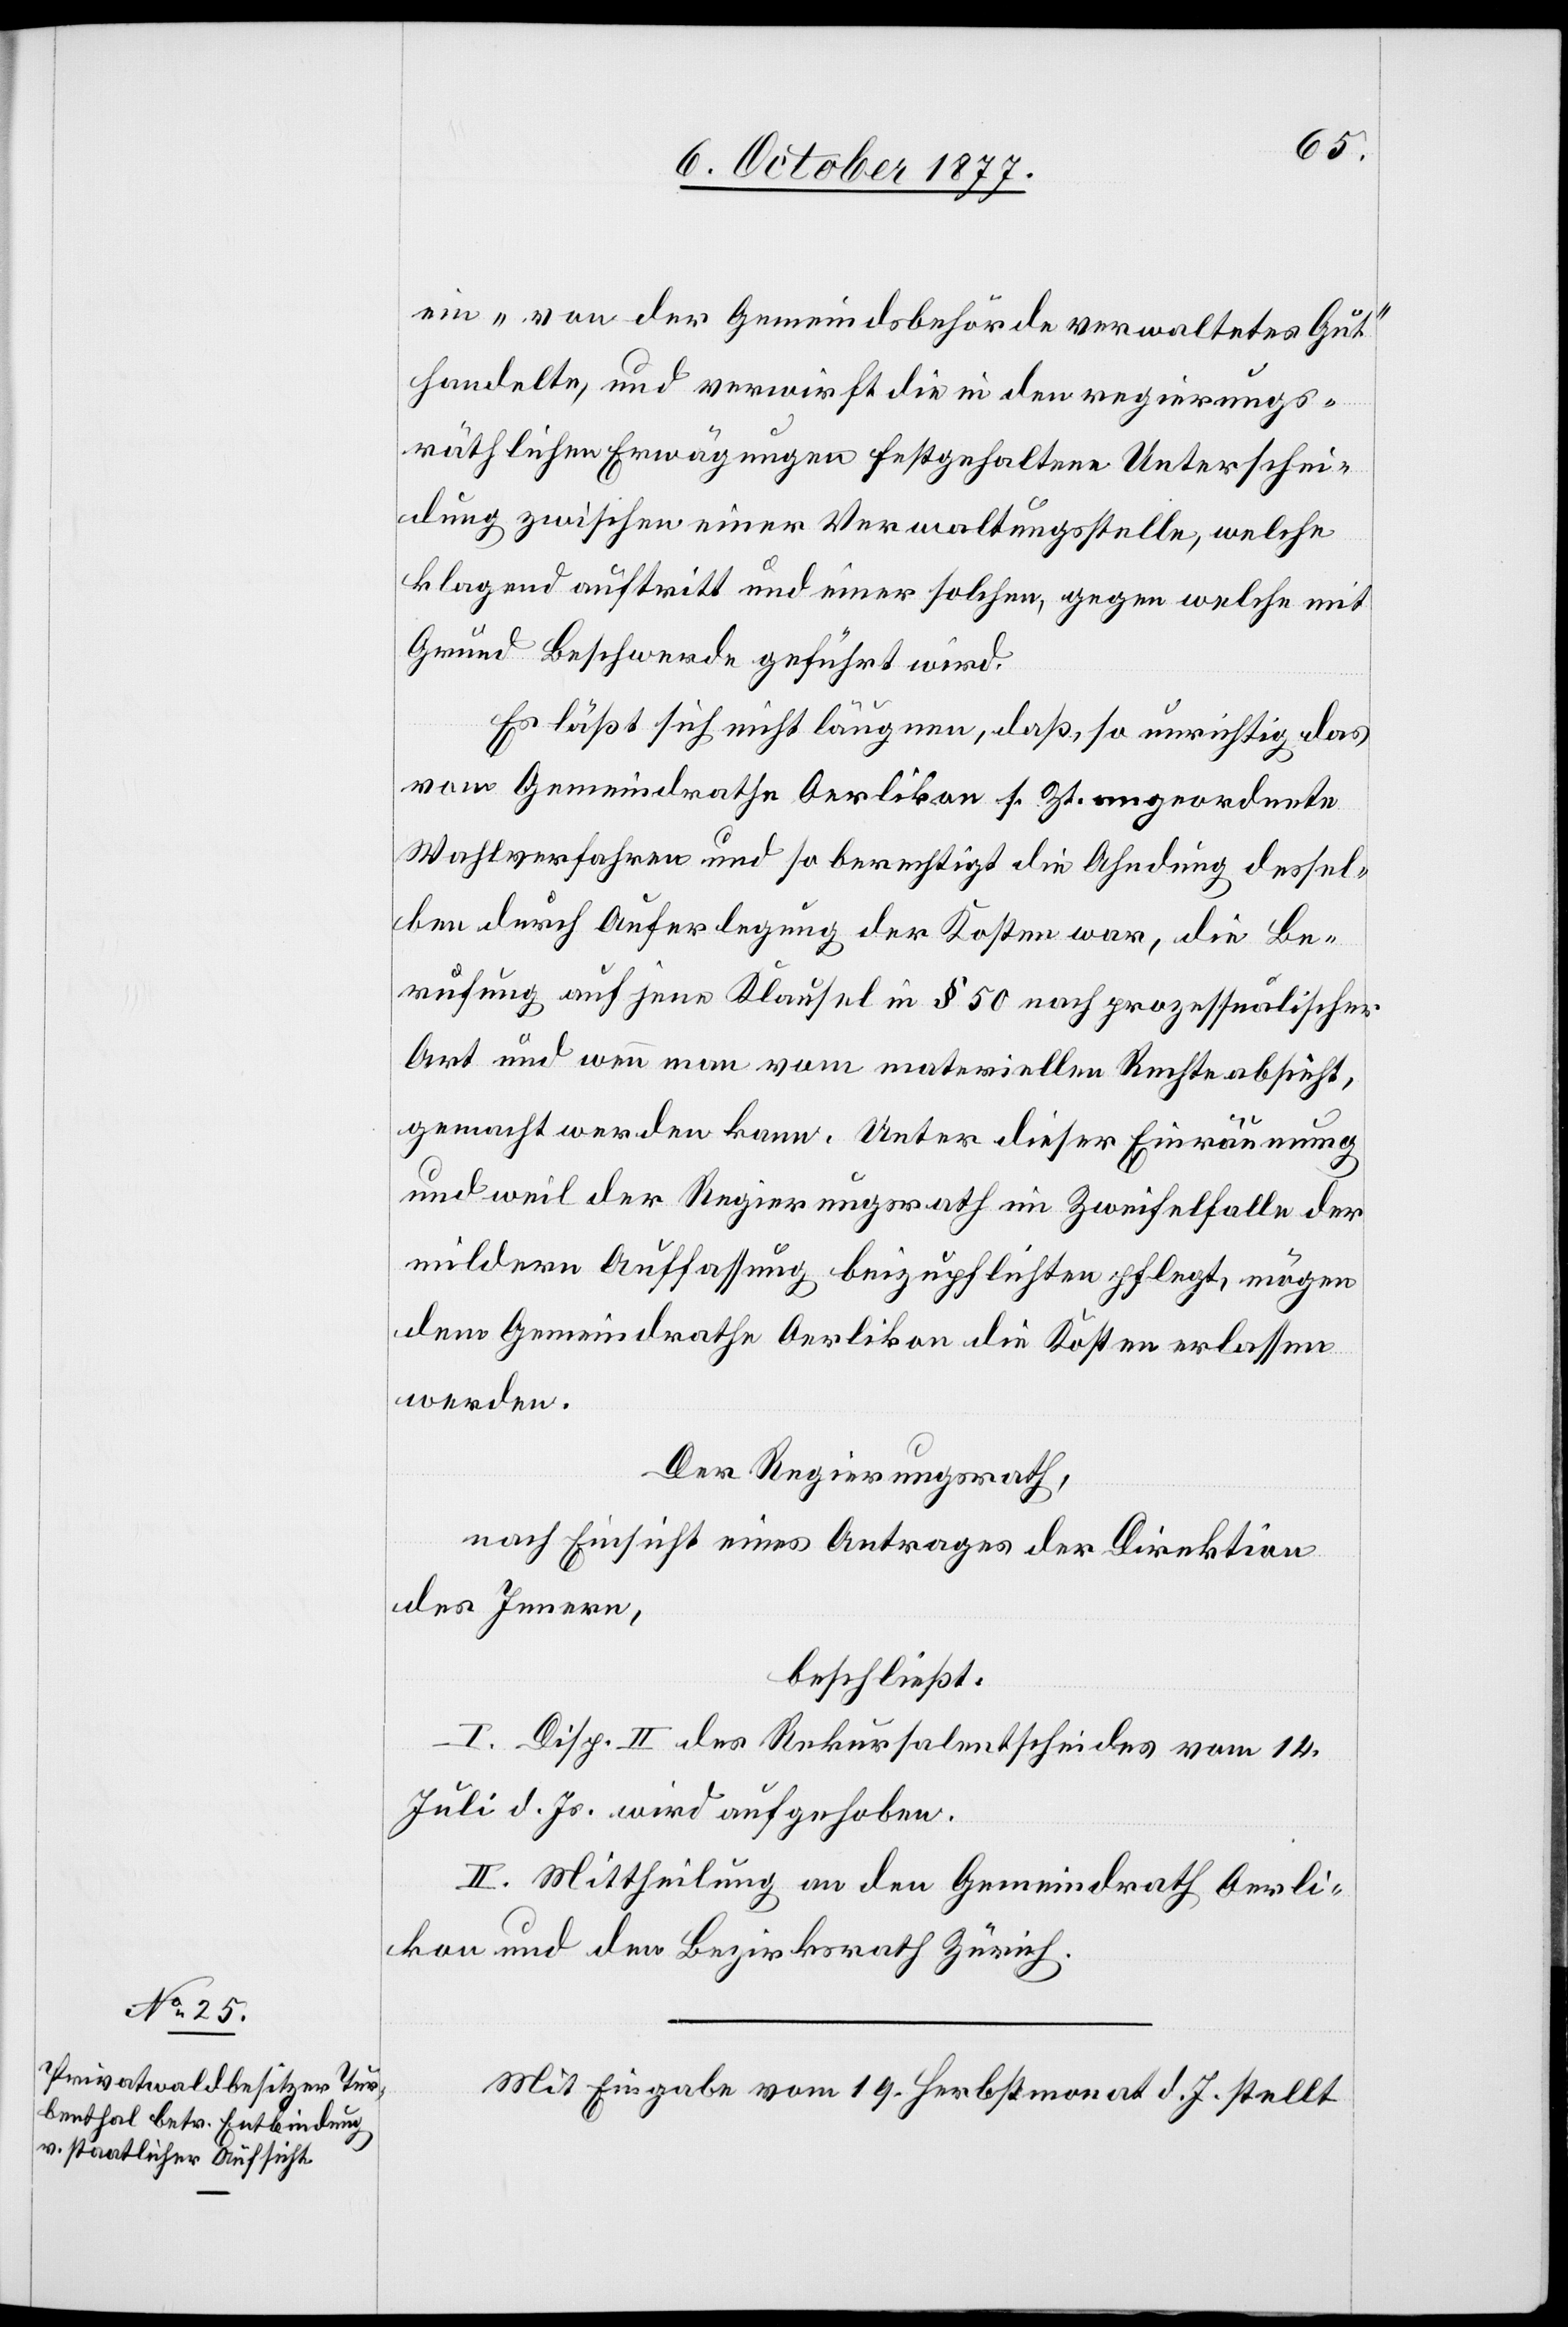
ein „von der Gemeindsbehörde verwaltetes Gut“
handelte, und verwirft die in den regierungs¬
räthlichen Erwägungen festgehaltene Unterschei¬
dung zwischen einer Verwaltungsstelle, welche
klagend auftritt und einer solchen, gegen welche mit
Grund Beschwerde geführt wird.
Es läßt sich nicht läugnen, daß, so unrichtig das
vom Gemeindrathe Oerlikon s. Zt. angeordnete
Wahlverfahren und so berechtigt die Ahndung dessel¬
ben durch Auferlegung der Kosten war, die Be¬
rufung auf jene Klausel in § 50 nach prozessualischer
Art und wenn man vom materiellen Rechte absieht,
gemacht werden kann. Unter dieser Einräumung
und weil der Regierungsrath im Zweifelfalle der
mildern Auffassung beizupflichten pflegt, mögen
dem Gemeindrathe Oerlikon die Kosten erlassen
werden.
Der Regierungsrath,
nach Einsicht eines Antrages der Direktion
des Innern,
beschließt:
I. Disp. II des Rekursalentscheides vom 14.
Juli d. Js. wird aufgehoben.
II. Mittheilung an den Gemeindrath Oerli¬
kon und den Bezirksrath Zürich.
Mit Eingabe vom 19. Herbstmonat d. J. stellt